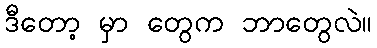
ဒီတော့ မှာ တွေက ဘာတွေလဲ။